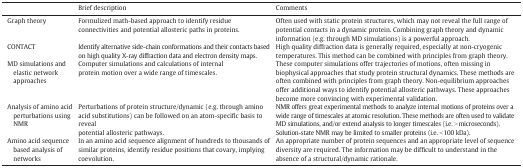
<table><thead><tr><td></td><td><b>Brief description</b></td><td><b>Comments</b></td></tr></thead><tbody><tr><td>Graph theory</td><td>Formulized math-based approach to identify residue connectivities and potential allosteric paths in proteins.</td><td>Often used with static protein structures, which may not reveal the full range of potential contacts in a dynamic protein. Combining graph theory and dynamic information (e.g. through MD simulations) is a powerful approach.</td></tr><tr><td>CONTACT</td><td>Identify alternative side-chain conformations and their contacts based on high quality X-ray diffraction data and electron density maps.</td><td>High quality diffraction data is generally required, especially at non-cryogenic temperatures. This method can be combined with principles from graph theory.</td></tr><tr><td>MD simulations and elastic network approaches</td><td>Computer simulations and calculations of internal protein motion over a wide range of timescales.</td><td>These computer simulations offer trajectories of motions, often missing in biophysical approaches that study protein structural dynamics. These methods are often combined with principles from graph theory. Non-equilibrium approaches offer additional ways to identify potential allosteric pathways. These approaches become more convincing with experimental validation.</td></tr><tr><td>Analysis of amino acid perturbations using NMR</td><td>Perturbations of protein structure/dynamic (e.g. through amino acid substitutions) can be followed on an atom-specific basis to reveal potential allosteric pathways.</td><td>NMR offers great experimental methods to analyze internal motions of proteins over a wide range of timescales at atomic resolution. These methods are often used to validate MD simulations, and/or extend analysis to longer timescales (i.e. &gt; microseconds). Solution-state NMR may be limited to smaller proteins (i.e. &lt; 100 kDa).</td></tr><tr><td>Amino acid sequence based analysis of networks</td><td>In an amino acid sequence alignment of hundreds to thousands of similar proteins, identify residue positions that covary, implying coevolution.</td><td>An appropriate number of protein sequences and an appropriate level of sequence diversity are required. The information may be difficult to understand in the absence of a structural/dynamic rationale.</td></tr></tbody></table>